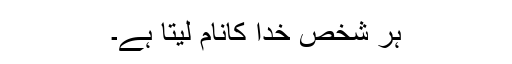
ہر شخص خدا کانام لیتا ہے۔